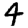
Digit: 4